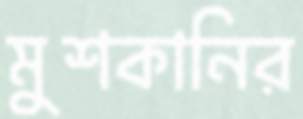
মুশকানির